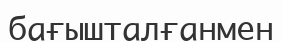
бағышталғанмен